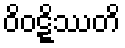
ဝိဝဋ္ဋိဿတိ